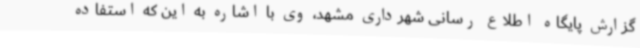
گزارش پایگاه اطلاع رسانی شهرداری مشهد، وی با اشاره به این که استفاده